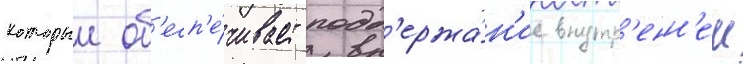
которыи об'есп'е́чивает подд'ержа́н'ие внутр'енн'еи